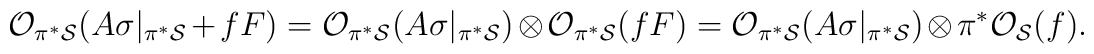
{\cal O}_{\pi^* {\cal S}}(A \sigma|_{\pi^{*}{\cal S}}+fF)={\cal O}_{\pi^* {\cal S}}(A \sigma|_{\pi^{*}{\cal S}}) \otimes{\cal O}_{\pi^* {\cal S}}(fF)={\cal O}_{\pi^* {\cal S}}(A \sigma|_{\pi^{*}{\cal S}}) \otimes\pi^* {\cal O}_{{\cal S}}(f).